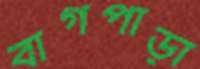
বাগপাড়া